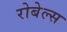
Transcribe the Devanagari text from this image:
रोबेल्‍स